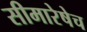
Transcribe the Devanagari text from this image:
सीमारेषेच